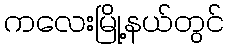
ကလေးမြို့နယ်တွင်